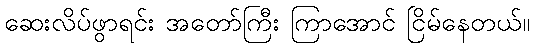
ဆေးလိပ်ဖွာရင်း အတော်ကြီး ကြာအောင် ငြိမ်နေတယ်။